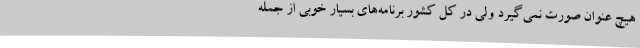
هیچ عنوان صورت نمی‌گیرد ولی در کل کشور برنامه‌های بسیار خوبی از جمله